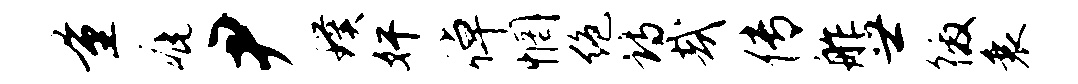
量疵尹璞奸倬惘绝诗哉传舴世徼衰